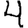
Digit: 4